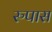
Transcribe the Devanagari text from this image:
रुपास